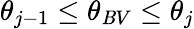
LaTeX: \theta_{j-1}\leq\theta_{\mathit{B}V}\leq\theta_{j}